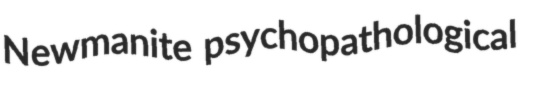
Newmanite psychopathological